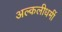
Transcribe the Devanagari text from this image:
अल्कलीधर्मी